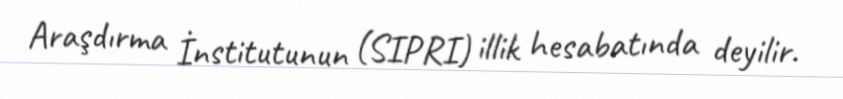
Araşdırma İnstitutunun (SIPRI) illik hesabatında deyilir.